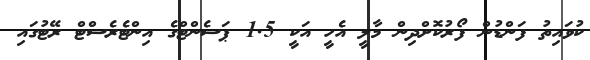
ކުވައިތު ފަންޑުން ފޯރުކޮށްދިން މާލީ އެހީ އަކީ 1.5 ޕަސެންޓްގެ އިންޓެރެސްޓް ރޭޓުގައި